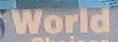
world